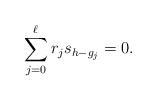
LaTeX: \begin{align*}\sum_{j=0}^\ell r_js_{h-g_j}=0.\end{align*}